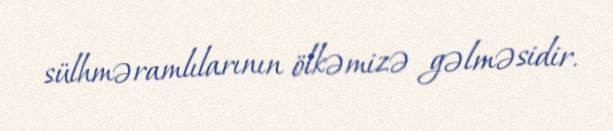
sülhməramlılarının ölkəmizə gəlməsidir.